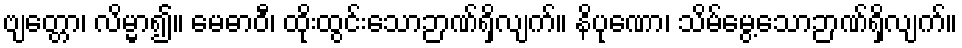
ဗျတ္တော၊ လိမ္မာ၍။ မေဓာဝီ၊ ထိုးထွင်းသောဉာဏ်ရှိလျက်။ နိပုဏော၊ သိမ်မွေ့သောဉာဏ်ရှိလျက်။